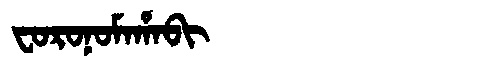
Manchu: ᠸᠣᡵᠣᠨᠣᠮᠠᡥᠠᠪᡳ
Romanization: FORONOMAHABI